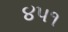
૪૫૧